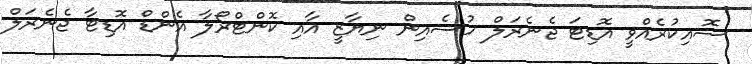
ސޮއިކުރެއްވީ އޮޑިޓަ ޖެނެރަލް ހުސެއިން ނިޔާޒީ އާއި ކޮންޓްރޯލާ އެންޑް އޮޑިޓާ ޖެނެރަލް